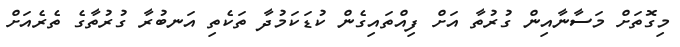
މިގޮތަށް މަސާނާއިން ގުރުތާ އަށް ފިއްތައިގެން ކުޑަކަމުދާ ތަކެތި އަނބުރާ ގުރުތާގެ ތެރެއަށް